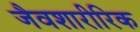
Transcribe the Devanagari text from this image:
जैवशारीरिक